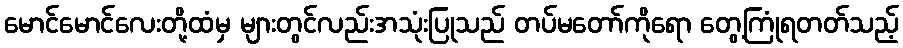
မောင်မောင်လေးတို့ထံမှ များတွင်လည်းအသုံးပြုသည် တပ်မတော်ကိုရော တွေ့ကြုံရတတ်သည့်